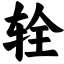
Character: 辁